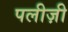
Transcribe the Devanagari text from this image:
पलीज़ी